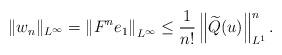
LaTeX: \begin{align*}\|w_n\|_{L^{\infty}}= \left\| F^n e_1 \right\|_{L^{\infty}} \leq \frac{1}{n!}\left\|\widetilde{Q}(u)\right\|_{L^1}^n.\end{align*}